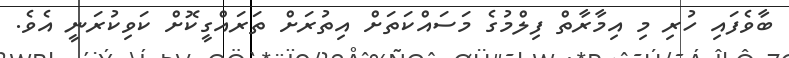
ބާވެފައި ހުރި މި އިމާރާތް ފިލްމުގެ މަސައްކަތަށް އިތުރަށް ތަރައްގީކޮށް ކަވިކުރަނީ އެވެ.